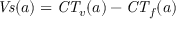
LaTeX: { \mathit { V s } } ( a ) = { \mathit { C T } } _ { v } ( a ) - { \mathit { C T } } _ { f } ( a )